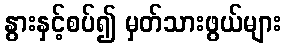
နွားနှင့်စပ်၍ မှတ်သားဖွယ်များ